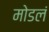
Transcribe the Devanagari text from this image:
मोडलं